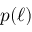
p ( \ell )